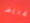
غريف